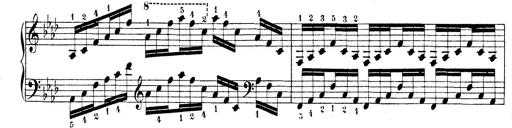
Title: Technische Studien
Composer: Franz Liszt